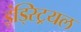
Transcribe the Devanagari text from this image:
इंड्स्ट्रियल